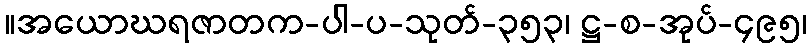
။အယောဃရဇာတက-ပါ-ပ-သုတ်-၃၅၃၊ ဋ္ဌ-စ-အုပ်-၄၉၅၊